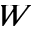
W